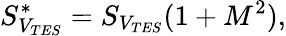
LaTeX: S_{V_{TES}}^{\mathrm{*}}=S_{V_{TES}}(1+M^{2}),